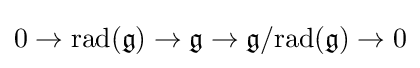
0\to {\rm {rad}}({\mathfrak {g}})\to {\mathfrak {g}}\to {\mathfrak {g}}/{\rm {rad}}({\mathfrak {g}})\to 0